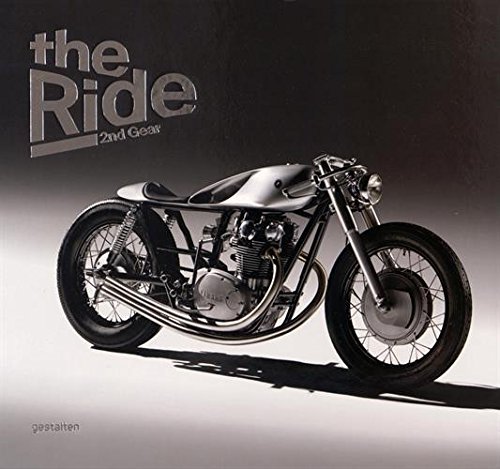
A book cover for The Ride 2nd Gear: New Custom Motorcyclesand Their Builders. Gentlemen Edition; Engineering & Transportation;